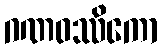
ဂဏဝဿိကော